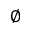
\varnothing